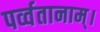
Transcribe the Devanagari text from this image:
पर्व्वतानाम्।